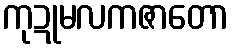
ကုဍုမလကဇာတော